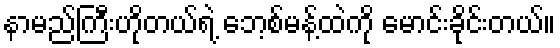
နာမည်ကြီးဟိုတယ်ရဲ့ ဘေ့စ်မန့်ထဲကို မောင်းခိုင်းတယ်။